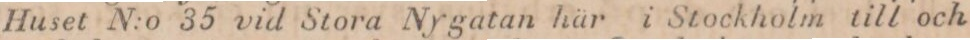
Huset N:o 35 vid Stora Nygatan här i Stockholm till och